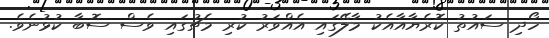
ހޯދި ސައުތު ކޮރެޔާއާއެކު މާލޭގައި އެއްވަރު ކުރި މެޗުގައި ވެސް ސޮބާ ކުޅުނެވެ.